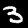
Digit: 3